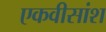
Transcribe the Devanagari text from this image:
एकवीसांश